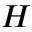
H